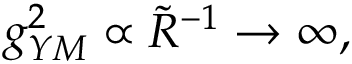
g _ { Y M } ^ { 2 } \propto \widetilde { R } ^ { - 1 } \to \infty ,